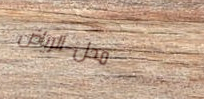
محل الرياض